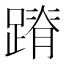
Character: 蹐